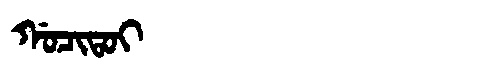
Manchu: ᡤᠣᠴᡳᡨᠣᡳ
Romanization: GOCITOI